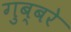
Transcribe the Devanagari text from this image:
गुब्बरे